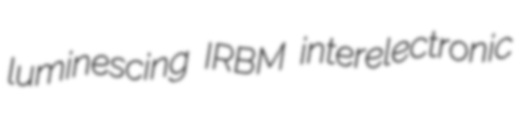
luminescing IRBM interelectronic